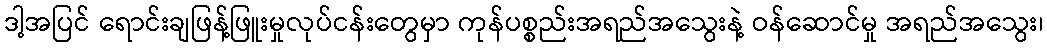
ဒါ့အပြင် ရောင်းချဖြန့်ဖြူးမှုလုပ်ငန်းတွေမှာ ကုန်ပစ္စည်းအရည်အသွေးနဲ့ ဝန်ဆောင်မှု အရည်အသွေး၊